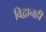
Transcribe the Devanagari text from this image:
विद्वानही